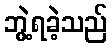
ဘွဲ့ရခဲ့သည်